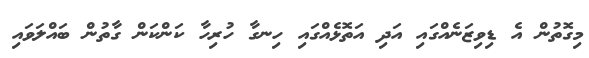
މިގޮތުން އެ ޑިވިޒަނެއްގައި އަދި އަތޮޅެއްގައި ހިނގާ ހުރިހާ ކަންކަން ގާތުން ބައްލަވައި